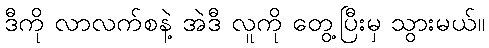
ဒီကို လာလက်စနဲ့ အဲဒီ လူကို တွေ့ပြီးမှ သွားမယ်။